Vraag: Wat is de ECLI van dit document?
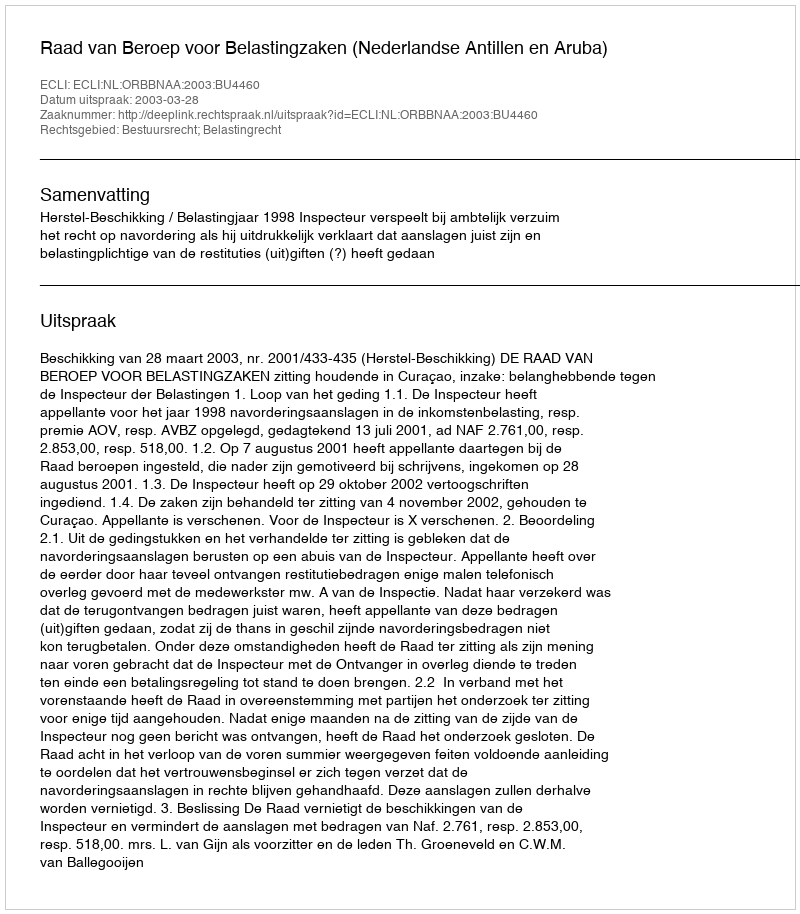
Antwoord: ECLI:NL:ORBBNAA:2003:BU4460